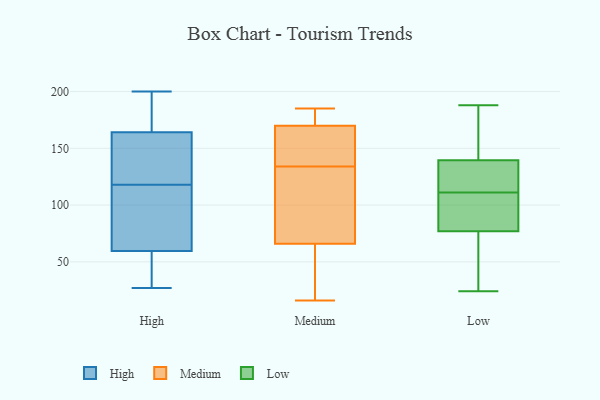
{"axis": {"x": "Population (Million)", "y": "Value"}, "legend": ["High", "Low", "Medium"], "data": [{"x": "", "y": 200, "type": "High"}, {"x": "", "y": 190, "type": "High"}, {"x": "", "y": 109, "type": "High"}, {"x": "", "y": 118, "type": "High"}, {"x": "", "y": 104, "type": "High"}, {"x": "", "y": 165, "type": "High"}, {"x": "", "y": 161, "type": "High"}, {"x": "", "y": 130, "type": "High"}, {"x": "", "y": 154, "type": "High"}, {"x": "", "y": 27, "type": "High"}, {"x": "", "y": 51, "type": "High"}, {"x": "", "y": 48, "type": "High"}, {"x": "", "y": 195, "type": "High"}, {"x": "", "y": 102, "type": "High"}, {"x": "", "y": 164, "type": "High"}, {"x": "", "y": 52, "type": "High"}, {"x": "", "y": 62, "type": "High"}, {"x": "", "y": 16, "type": "Medium"}, {"x": "", "y": 94, "type": "Medium"}, {"x": "", "y": 185, "type": "Medium"}, {"x": "", "y": 173, "type": "Medium"}, {"x": "", "y": 66, "type": "Medium"}, {"x": "", "y": 66, "type": "Medium"}, {"x": "", "y": 26, "type": "Medium"}, {"x": "", "y": 129, "type": "Medium"}, {"x": "", "y": 139, "type": "Medium"}, {"x": "", "y": 164, "type": "Medium"}, {"x": "", "y": 181, "type": "Medium"}, {"x": "", "y": 167, "type": "Medium"}, {"x": "", "y": 24, "type": "Low"}, {"x": "", "y": 92, "type": "Low"}, {"x": "", "y": 60, "type": "Low"}, {"x": "", "y": 148, "type": "Low"}, {"x": "", "y": 140, "type": "Low"}, {"x": "", "y": 111, "type": "Low"}, {"x": "", "y": 136, "type": "Low"}, {"x": "", "y": 72, "type": "Low"}, {"x": "", "y": 111, "type": "Low"}, {"x": "", "y": 138, "type": "Low"}, {"x": "", "y": 188, "type": "Low"}]}